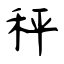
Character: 秤